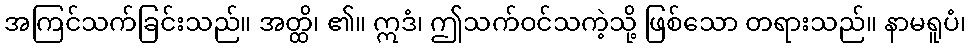
အကြင်သက်ခြင်းသည်။ အတ္ထိ၊ ၏။ ဣဒံ၊ ဤသက်ဝင်သကဲ့သို့ ဖြစ်သော တရားသည်။ နာမရူပံ၊